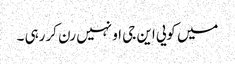
میں کویی این جی او نہیں رن کررہی ۔